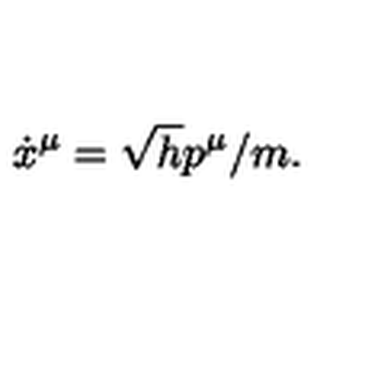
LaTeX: \dot { x } ^ { \mu } = \sqrt { h } p ^ { \mu } / m .